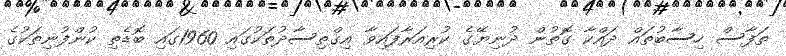
ތަފާސް ހިސާބުތައް ދައްކާ ގޮތުން ދުނިޔޭގެ ކުރިއަރާފައިވާ އިގްތިސާދުތަކުގައި 1960ގައި ބޮޑެތި ކުންފުނިތަކުގެ